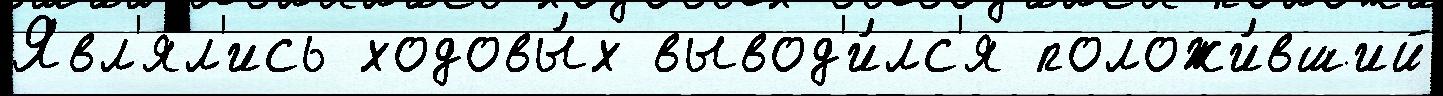
Явл'я́л'ись ходовы́х вывод'и́лс'я положи́вший